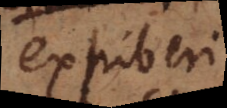
exhiberi